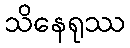
သိနေရုဿ